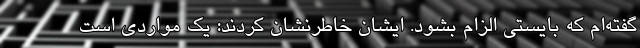
گفته‌ام که بایستی الزام بشود. ایشان خاطرنشان کردند: یک مواردی است